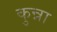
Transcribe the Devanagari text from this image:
कुन्ना